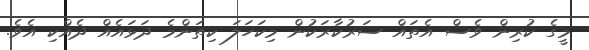
މީގެ ކުރިން ވެސް އެތައް ސަރުކާރަކުން މިކަހަލަ ކިތަންމެ ދަޅައެއް ދެއްކި އެވެ.